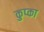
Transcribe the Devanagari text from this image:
कुप्का